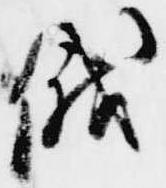
俄